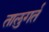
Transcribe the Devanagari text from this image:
तालुगर्त